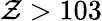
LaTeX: \mathcal{Z}>103